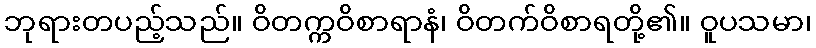
ဘုရားတပည့်သည်။ ဝိတက္ကဝိစာရာနံ၊ ဝိတက်ဝိစာရတို့၏။ ဝူပသမာ၊